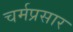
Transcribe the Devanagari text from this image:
चर्मप्रसार